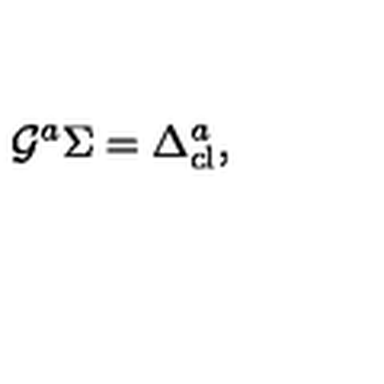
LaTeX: \mathcal { G } ^ { a } \Sigma = \Delta _ { \mathrm { c l } } ^ { a } ,